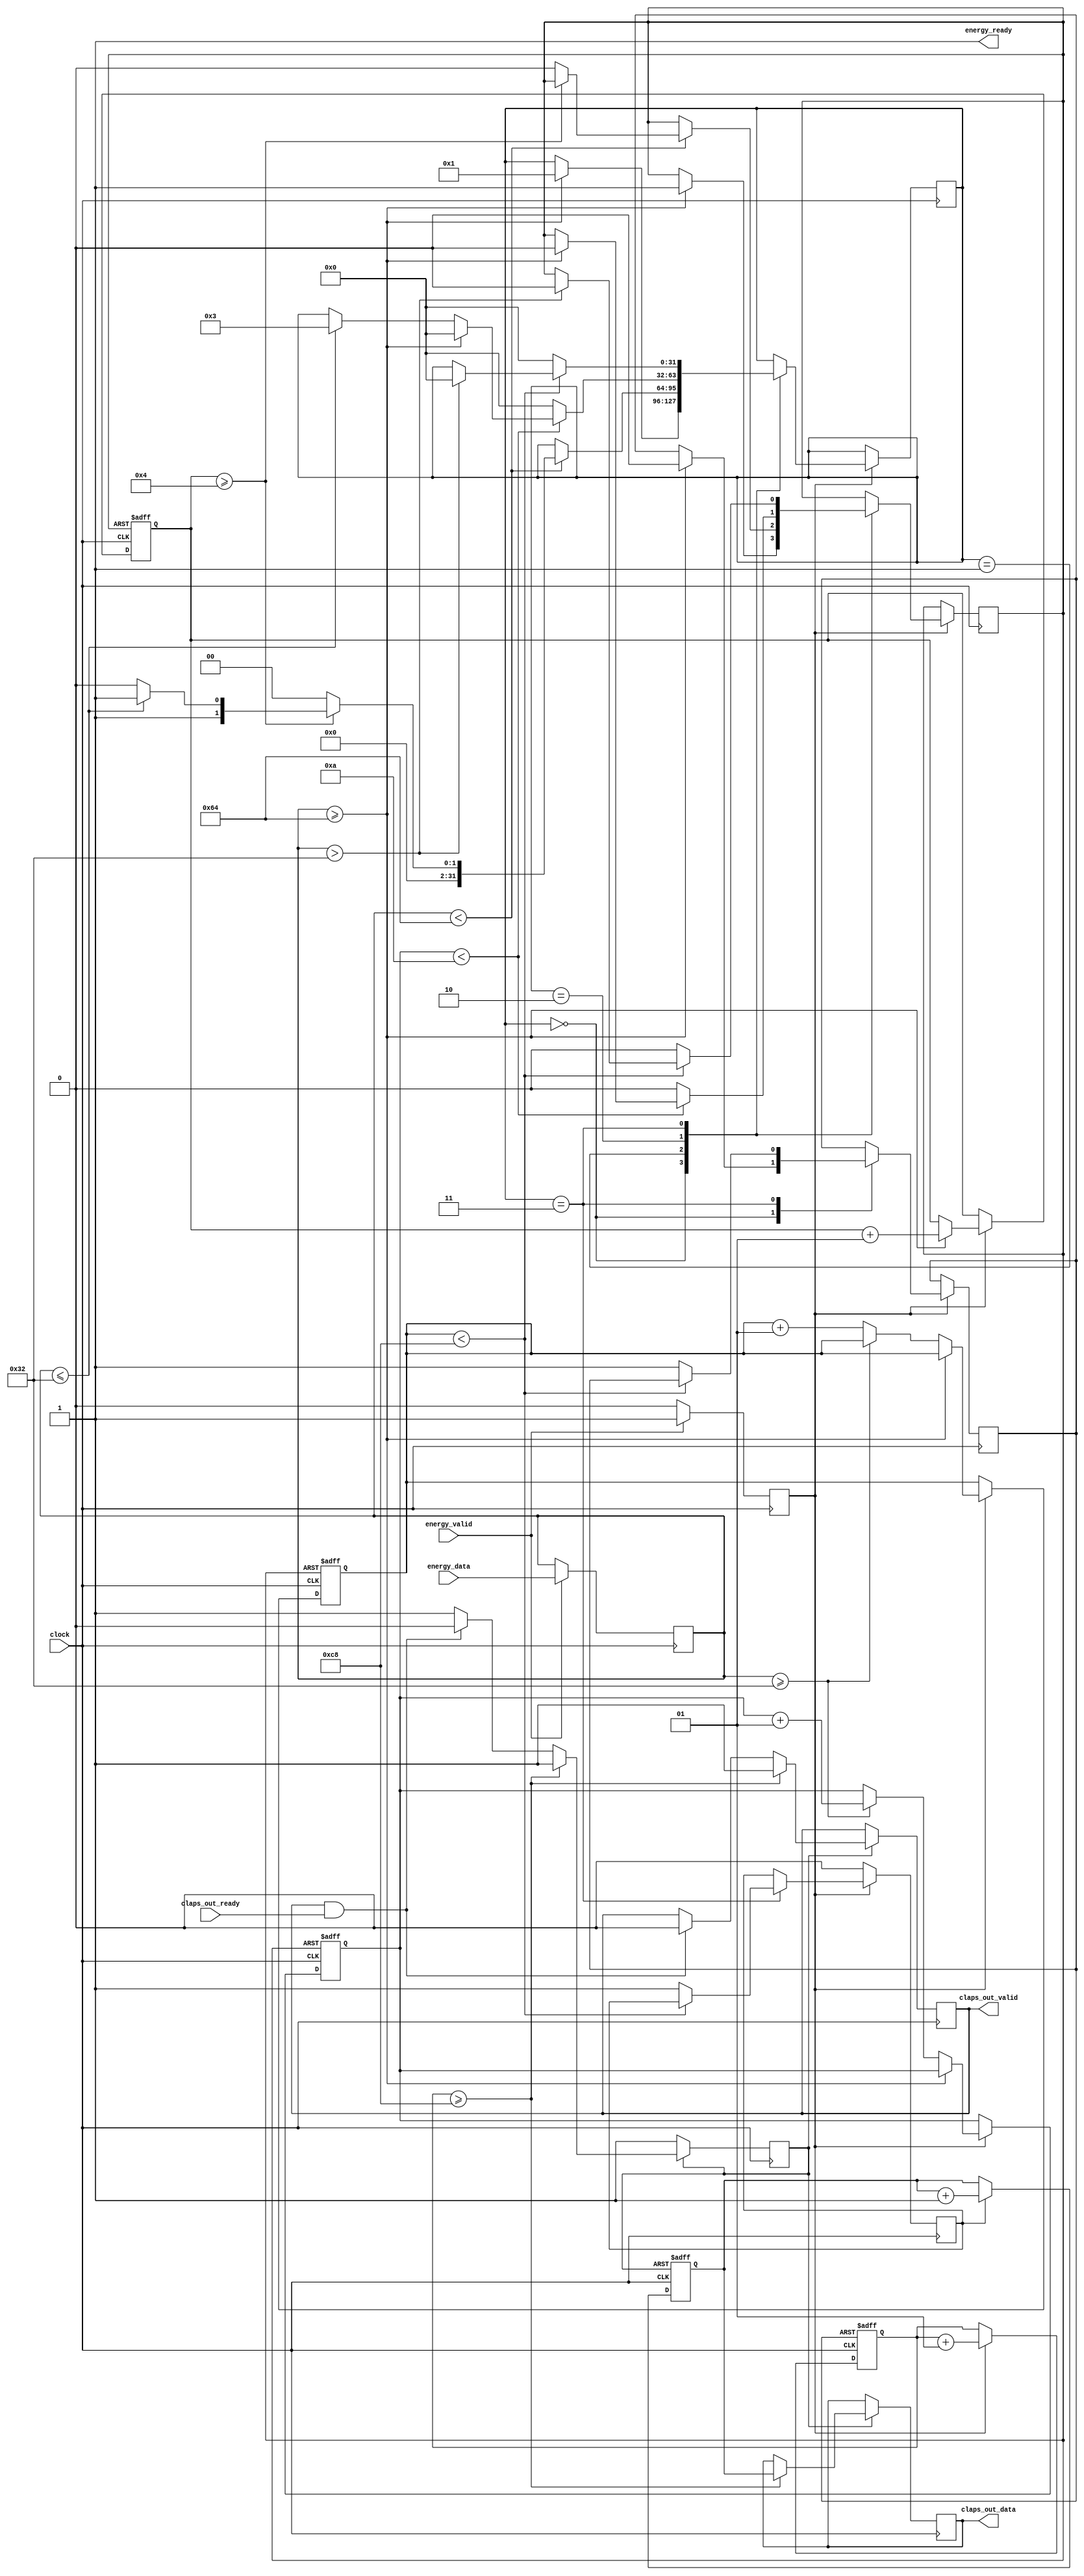
`timescale 1 ns / 1 ps

module DetermineClap #
	(
		parameter integer ENERGY_WIDTH=16,
		parameter integer ENERGY_HIGH_THRESHOLD=100,
		parameter integer ENERGY_LOW_THRESHOLD=50,
		parameter integer SAMPLE_HIGH_THRESHOLD=4,
		parameter integer SAMPLE_MIDDLE_THRESHOLD=10,
		parameter integer SAMPLE_LOW_THRESHOLD=200,
		parameter integer CLAPS_SAMPLE_THRESHOLD=200,
		parameter integer CLAPS_OUT_WIDTH=16 
	) (
		input wire clock,
		input wire [ENERGY_WIDTH-1:0] energy_data,
		input wire energy_valid,
		output wire energy_ready,
		output reg [CLAPS_OUT_WIDTH-1:0] claps_out_data=0,
		output reg claps_out_valid=0,
		input wire claps_out_ready
	);
	
	// function called clogb2 that returns an integer which has the                      
	// value of the ceiling of the log base 2.                                           
	function integer clogb2 ( input integer bit_depth );                                   
	  begin                                                                              
			for( clogb2=0; bit_depth>0; clogb2=clogb2+1 )                                      
				 bit_depth = bit_depth >> 1;                                                    
	  end                                                                                
	endfunction  
	
	// Net declarations.
	localparam integer CS_INITIAL=0,CS_ENERGY_HIGH=1,CS_ENERGY_MIDDLE=2,CS_ENERGY_LOW=3;
	integer counters_state=CS_INITIAL;
	reg [ENERGY_WIDTH-1:0] counters_data=0;
	reg counters_valid=0;
	reg counters_nreset=0;
	integer counters_sample_high=0;
	integer counters_sample_mid=0;
	integer counters_sample_low=0;
	reg [CLAPS_OUT_WIDTH-1:0] claps_total=0;
	integer claps_counter=0;
	reg claps_counter_nreset=1;
	reg claps_total_nreset=1;
	reg claps_valid=0;

	// Acquire energy sample.
	assign energy_ready=1;
	always @ (posedge clock)
		if (energy_valid==1&&energy_ready==1)
			begin
				counters_data <= energy_data;
				counters_valid <= 1;
			end
		else
			begin
				counters_valid <= 0;
			end
			
	// Increment counters related to determining a clap.
	always @ (posedge clock or negedge counters_nreset)
		if (counters_nreset==0)
			begin
				counters_sample_high <= 0;
				counters_sample_mid <= 0;
				counters_sample_low <= 0;
			end
		else if (counters_valid==1)
			begin
				if (counters_data>=ENERGY_HIGH_THRESHOLD)
					begin
						counters_sample_high <= counters_sample_high+1;
					end
				else if (counters_data>=ENERGY_LOW_THRESHOLD) 
					begin
						counters_sample_mid <= counters_sample_mid+1;
					end
				else
					begin
						counters_sample_low <= counters_sample_low+1;
					end
			end
					
	// Determine whether or not a clap occurred.
	always @ (posedge clock)
		if (counters_valid==0)
			begin
				claps_valid <= 0;
			end
		else
			begin
				case (counters_state)
				CS_INITIAL:
					begin
						if (counters_data>=ENERGY_HIGH_THRESHOLD)
							begin
								counters_nreset <= 1;
								claps_counter_nreset <= 0;
								counters_state <= CS_ENERGY_HIGH;
							end
					end
				CS_ENERGY_HIGH:
					begin
						if (counters_data<ENERGY_HIGH_THRESHOLD)
							begin
								if (counters_sample_high>=SAMPLE_HIGH_THRESHOLD)
									begin
										if (counters_data<=ENERGY_LOW_THRESHOLD)
											begin
												counters_state <= CS_ENERGY_LOW;
											end
										else
											begin
												counters_state <= CS_ENERGY_MIDDLE;
											end
									end
								else
									begin
										counters_nreset <= 0;
										counters_state <= CS_INITIAL;
									end
							end
					end
				CS_ENERGY_MIDDLE:
					begin
						if (counters_sample_mid<SAMPLE_MIDDLE_THRESHOLD)
							begin
								if (counters_data>=ENERGY_HIGH_THRESHOLD)
									begin
										counters_nreset <= 0;
										counters_state <= CS_INITIAL;
									end
								else if (counters_data<=ENERGY_LOW_THRESHOLD)
									begin
										counters_state <= CS_ENERGY_LOW;
									end
							end
						else
							begin
								counters_nreset <= 0;
								counters_state <= CS_INITIAL;
							end
					end
				CS_ENERGY_LOW:
					begin
						if (counters_sample_low<SAMPLE_LOW_THRESHOLD)
							begin
								if (counters_data>ENERGY_LOW_THRESHOLD)
									begin
										counters_nreset <= 0;
										counters_state <= CS_INITIAL;
									end
							end
						else
							begin
								counters_nreset <= 0;
								counters_state <= CS_INITIAL;
								claps_valid <= 1;
								claps_counter_nreset <= 1;
							end
					end
				endcase
			end
			
	// Determine the amount of samples in between claps.
	always @(posedge clock or negedge claps_counter_nreset)
		if (claps_counter_nreset==0)
			begin
				claps_counter <= 0;
			end
		else if (counters_valid==1)
			begin
				claps_counter <= claps_counter+1;
			end
			
	// Count total number of consecutive claps.
	always @(posedge clock or negedge claps_total_nreset)
		if (claps_total_nreset==0)
			begin
				claps_total <= 0;
			end
		else if (claps_valid==1)
			begin
				claps_total <= claps_total+1;
			end
			
	// Output total number of consecutive claps.
	always @(posedge clock)
		if (claps_total_nreset==0)
			begin
				claps_total_nreset <= 1;
			end
		else if (claps_counter>=CLAPS_SAMPLE_THRESHOLD)
			begin
				claps_out_data <= claps_total;
				claps_out_valid <= 1;
			end
		else if (claps_out_valid==1&&claps_out_ready==1)
			begin
				claps_total_nreset <= 0;
				claps_out_valid <= 0;
			end
	
endmodule